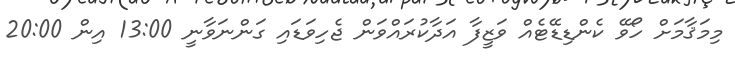
މިމަޤާމަށް ހޯވޭ ކެންޑިޑޭޓެއް ވަޒީފާ އަދާކުރައްވަން ޖެހިވަޑައި ގަންނަވާނީ 13:00 އިން 20:00